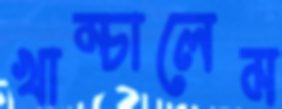
খাম্‌চালেম